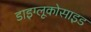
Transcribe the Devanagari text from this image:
डाइग्लूकोसाइड